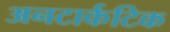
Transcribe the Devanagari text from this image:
अनटार्कटिक